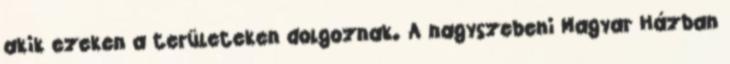
akik ezeken a területeken dolgoznak. A nagyszebeni Magyar Házban